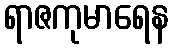
ရာဇကုမာရေန